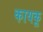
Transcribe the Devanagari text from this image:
कायकू